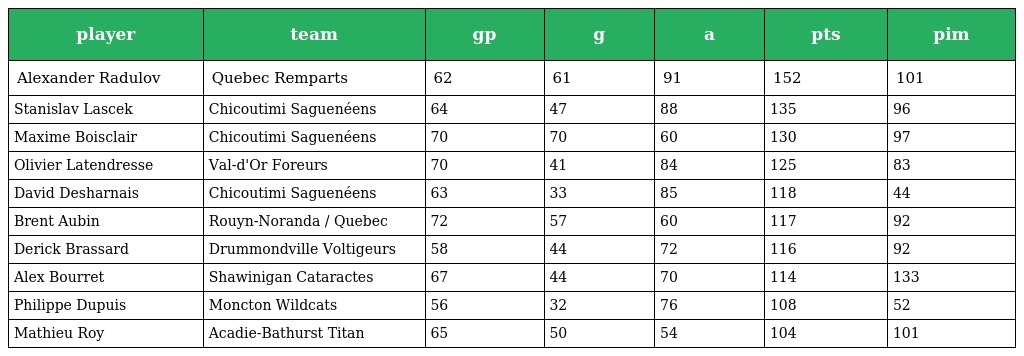
| player | team | gp | g | a | pts | pim |
 | --- | --- | --- | --- | --- | --- | --- |
 | Alexander Radulov | Quebec Remparts | 62 | 61 | 91 | 152 | 101 |
 | Stanislav Lascek | Chicoutimi Saguenéens | 64 | 47 | 88 | 135 | 96 |
 | Maxime Boisclair | Chicoutimi Saguenéens | 70 | 70 | 60 | 130 | 97 |
 | Olivier Latendresse | Val-d'Or Foreurs | 70 | 41 | 84 | 125 | 83 |
 | David Desharnais | Chicoutimi Saguenéens | 63 | 33 | 85 | 118 | 44 |
 | Brent Aubin | Rouyn-Noranda / Quebec | 72 | 57 | 60 | 117 | 92 |
 | Derick Brassard | Drummondville Voltigeurs | 58 | 44 | 72 | 116 | 92 |
 | Alex Bourret | Shawinigan Cataractes | 67 | 44 | 70 | 114 | 133 |
 | Philippe Dupuis | Moncton Wildcats | 56 | 32 | 76 | 108 | 52 |
 | Mathieu Roy | Acadie-Bathurst Titan | 65 | 50 | 54 | 104 | 101 |